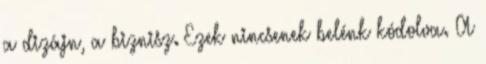
a dizájn, a biznisz. Ezek nincsenek belénk kódolva. A